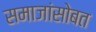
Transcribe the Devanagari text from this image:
समाजांसोबत